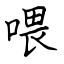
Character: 喂